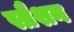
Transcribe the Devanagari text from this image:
स्प्रैशन